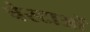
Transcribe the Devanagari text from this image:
चेस्टाओं